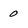
Character: 0